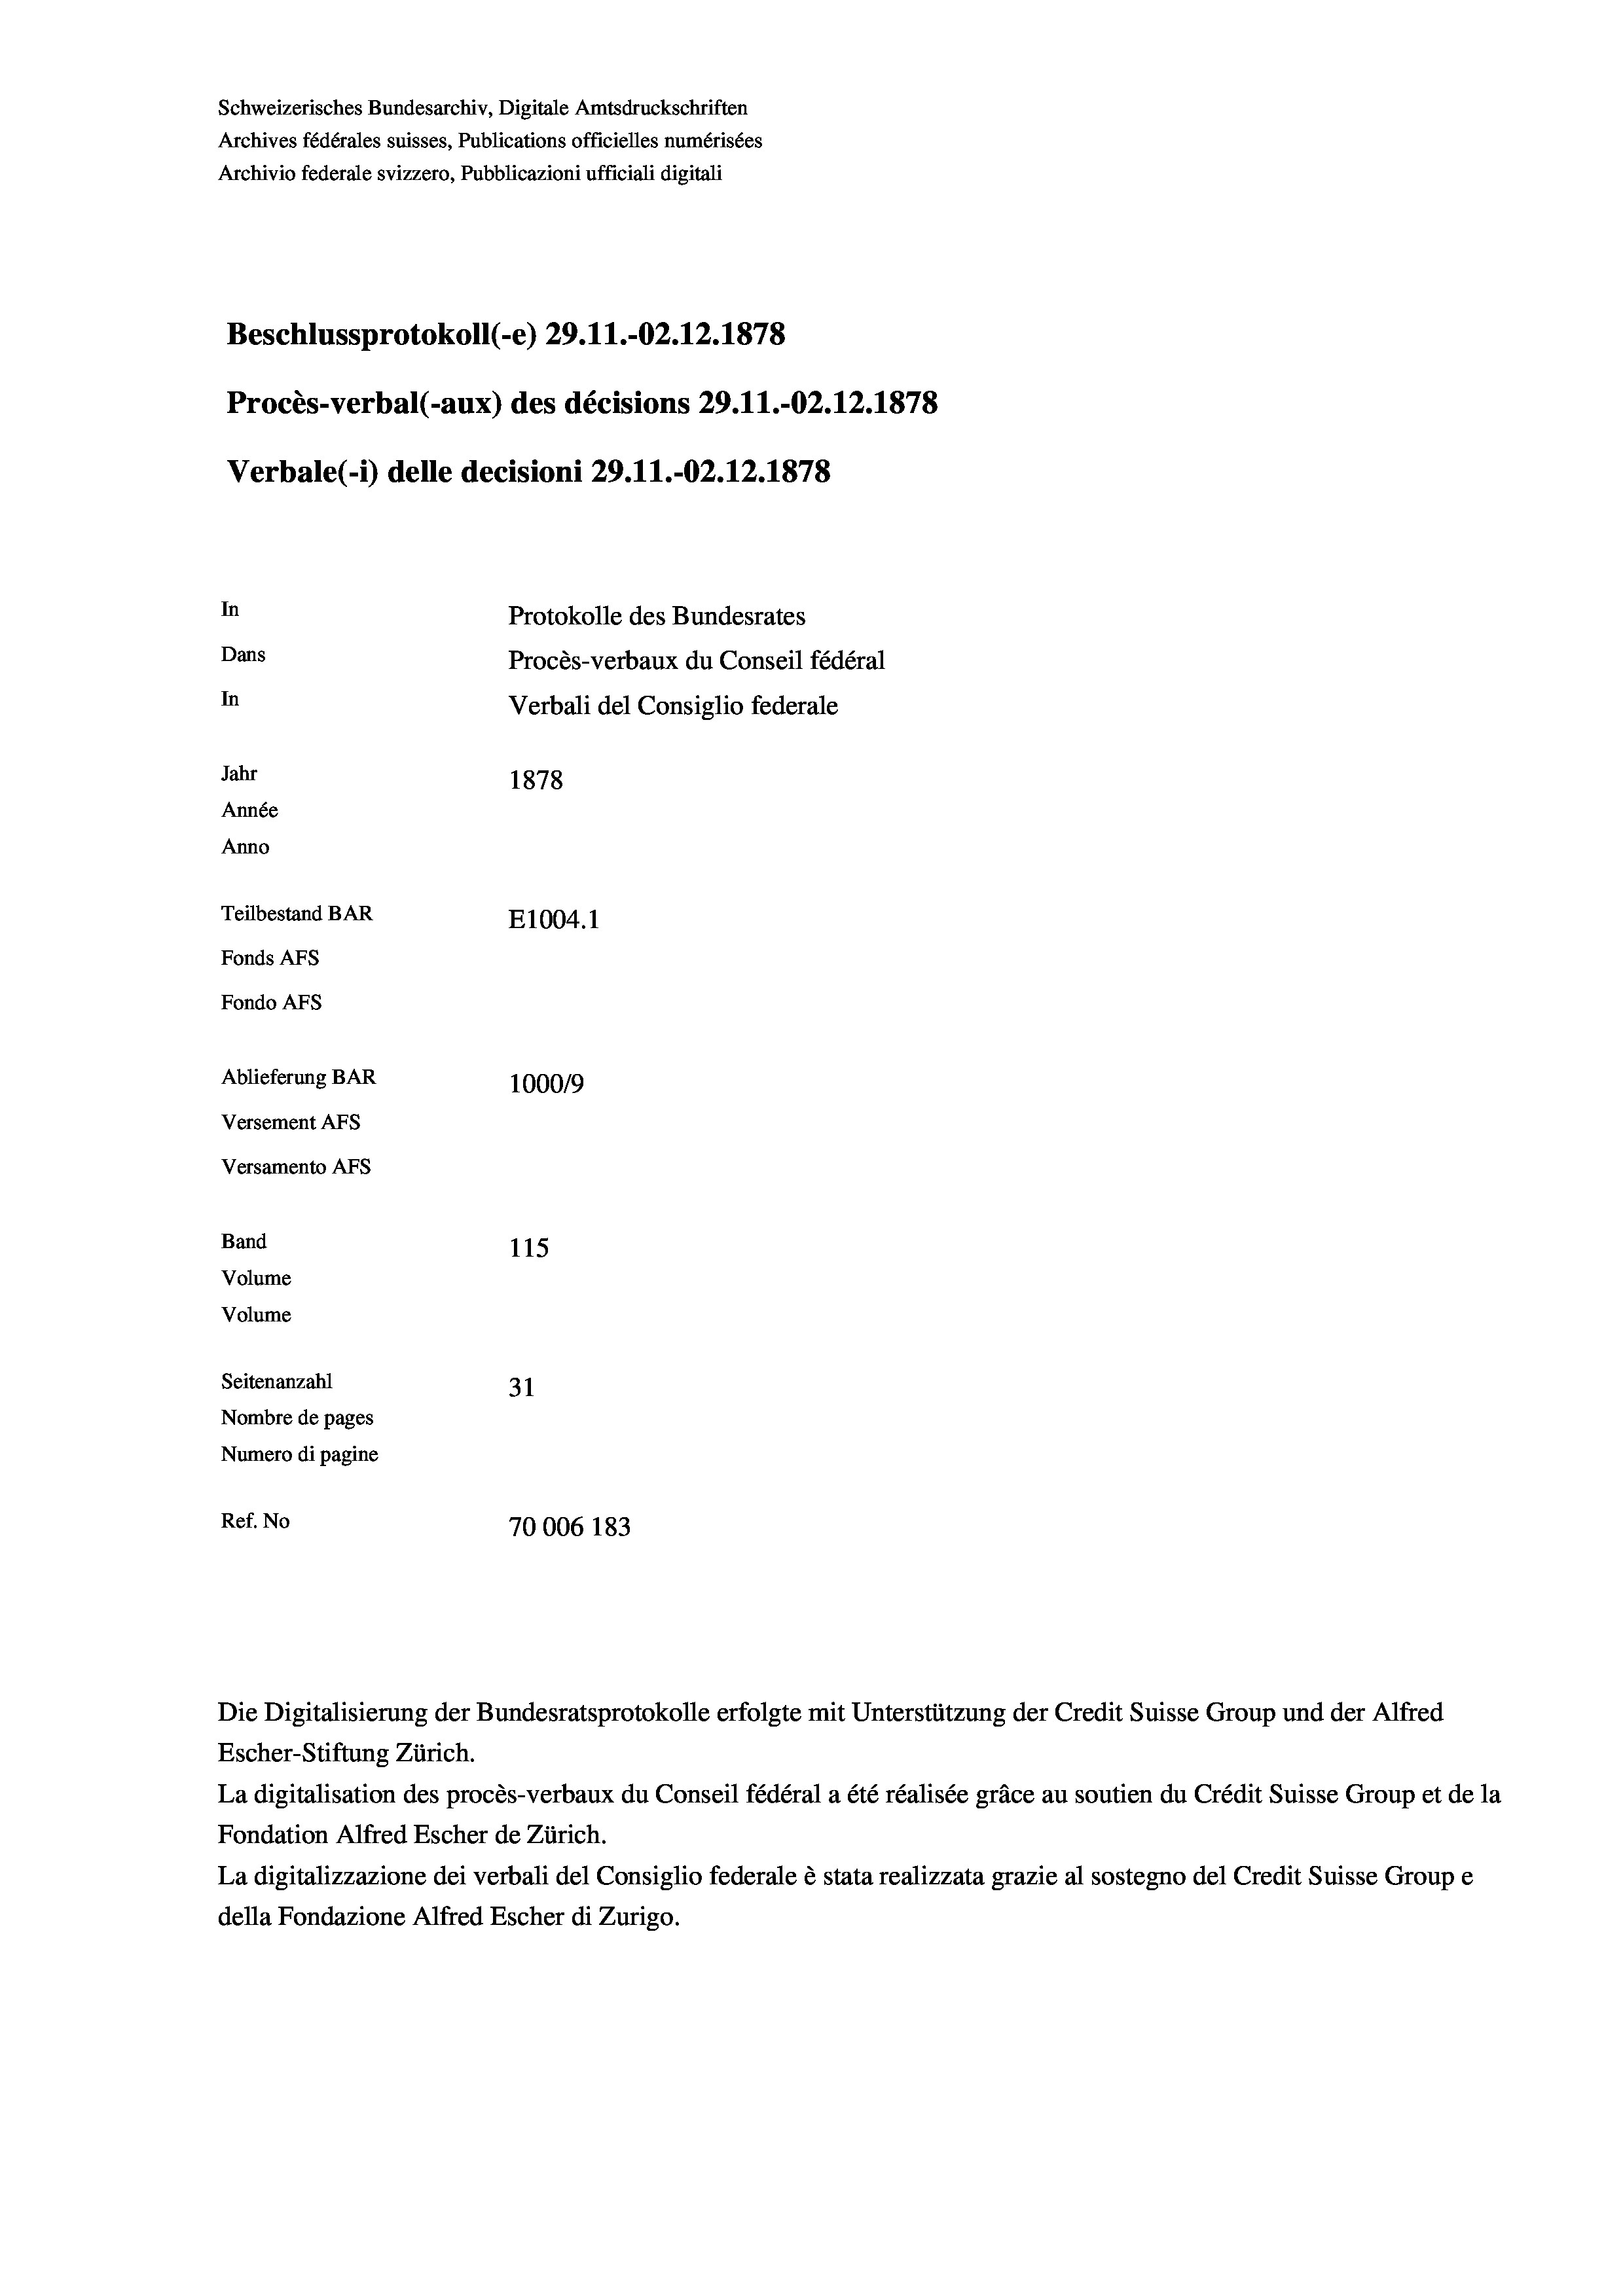
Schweizerisches Bundesarchiv, Digitale Amtsdruckschriften
Archives fédérales suisses, Publications officielles numérisées
Archivio federale svizzero, Pubblicazioni ufficiali digitali
Beschlussprotokoll (-e) 29.11.-O2.12.1878
Procès-verbal (-aux) des décisions 29.11.-02.12.1878
Verbale(-*) delle decisioni 29. 11.-02.12.1878
In
Protokolle des Bundesrates
Dans
Procès-verbaux du Conseil fédéral
In
Verbali del Consiglio federale
Jahr
1878
Année
Anno
Teilbestand BAR
E1004. 1
Fonds AFs
Fondo Afs
Ablieferung BAR
100019
Versement AFs
Versamento AFS
Band
115
Volume
Volume

Seitenanzahl
31
Nombre de pages
Numero di pagine
Ref. No
70006 183

Die Digitalisierung der Bundesratsprotokolle erfolgte mit Unterstützung der Credit Suisse Group und der Alfred
Escher-Stiftung Zürich.
La digitalisation des procès-verbaux du Conseil fédéral a été réalisée gräce au soutien du Crédit Suisse Group et de la
Fondation Alfred Escher de Zürich.
La digitalizzazione dei verbali del Consiglio federale è stata realizzata grazie al sostegno del Credit Suisse Groupe
della Fondazione Alfred Escher di Zurigo.